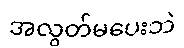
အလွတ်မပေးဘဲ